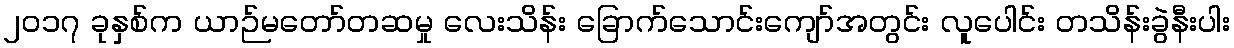
၂၀၁၇ ခုနှစ်က ယာဉ်မတော်တဆမှု လေးသိန်း ခြောက်သောင်းကျော်အတွင်း လူပေါင်း တသိန်းခွဲနီးပါး